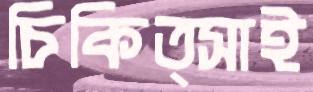
চিকিত্সাই